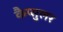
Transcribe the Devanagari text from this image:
कैप्सुलर